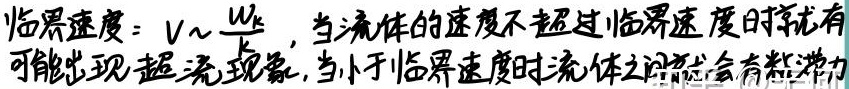
临界速度：\(V \sim \frac{W_{k}}{}\)，当流体的速度不超过临界速度时就有
可能出现超流现象，当小于临界速度时流体之间就会有粘滞力